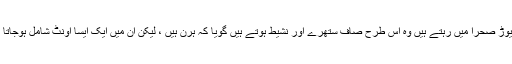
اگر بیماری کا کسی دوسرے کو لگ جانا کوئی چیز نہیں ہے تو کیا وجہ ہے کہ اونٹ کے ریوڑ صحرا میں رہتے ہیں وہ اس طرح صاف ستھرے اور نشیط ہوتے ہیں گویا کہ ہرن ہیں ، لیکن ان میں ایک ایسا اونٹ شامل ہوجاتا ہے جو جرب) خارش( کی بیماری میں مبتلا ہوتا تو پورے ریوڑ کو خارش زدہ کردیتا ہے ؟